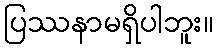
ပြဿနာမရှိပါဘူး။